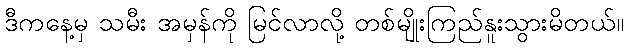
ဒီကနေ့မှ သမီး အမှန်ကို မြင်လာလို့ တစ်မျိုးကြည်နူးသွားမိတယ်။